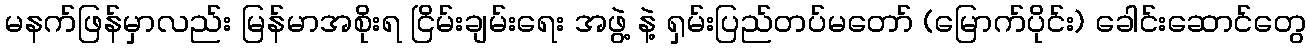
မနက်ဖြန်မှာလည်း မြန်မာအစိုးရ ငြိမ်းချမ်းရေး အဖွဲ့ နဲ့ ရှမ်းပြည်တပ်မတော် (မြောက်ပိုင်း) ခေါင်းဆောင်တွေ